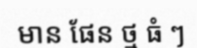
មាន ផែន ថ្ម ធំ ៗ